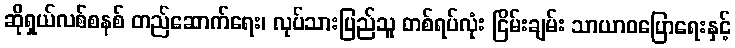
ဆိုရှယ်လစ်စနစ် တည်ဆောက်ရေး၊ လုပ်သားပြည်သူ တစ်ရပ်လုံး ငြိမ်းချမ်း သာယာဝပြောရေးနှင့်